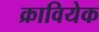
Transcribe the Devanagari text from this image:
क्रावियेक